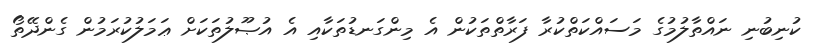
ކުނިބުނި ނައްތާލުމުގެ މަސައްކަތްކުރާ ފަރާތްތަކުން އެ މިންގަނޑުތަކާއި އެ އުޞޫލުތަކަށް ޢަމަލުކުރަމުން ގެންދޭތޯ